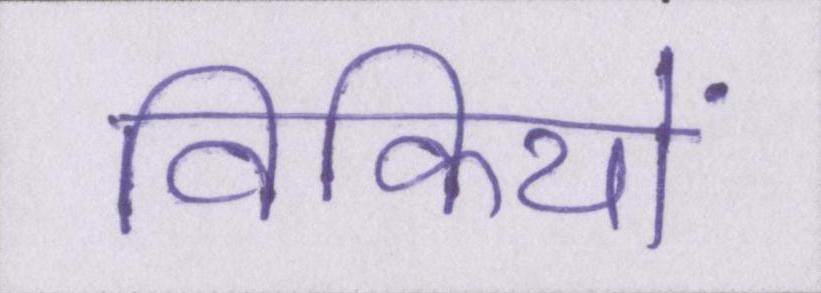
विकियों